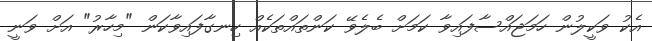
އެކު ވަކީލުން ހަމަޖައްސާފައިވާ ކަމަށް ބެލެވޭ ކަންތައްތަކެއް ހިނގާފައިވާކަން "މިހާރު" އަށް ވަނީ